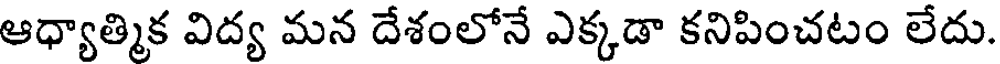
ఆధ్యాత్మిక విద్య మన దేశంలోనే ఎక్కడా కనిపించటం లేదు.